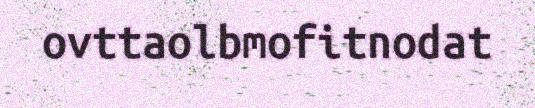
ovttaolbmofitnodat